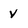
Character: v